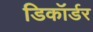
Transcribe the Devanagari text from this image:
डिकॉर्डर